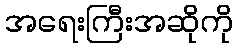
အရေးကြီးအဆိုကို